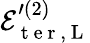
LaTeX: \mathcal{E}_{\mathrm{~t~e~r~},\mathrm{~L~}}^{\prime{(2)}}